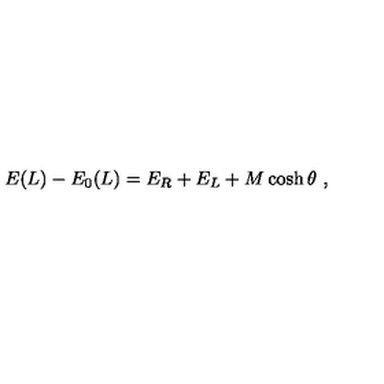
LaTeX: E ( L ) - E _ { 0 } ( L ) = E _ { R } + E _ { L } + M \cosh \theta \ ,